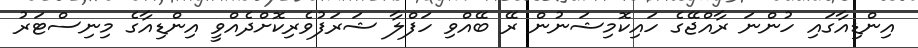
އިންޑިއާގައި ހުންނަ ރާއްޖޭގެ ހައިކޮމިޝަނުން ރޭ ބޭއްވި ހަފްލާ ޝަރަފުވެރިކޮށްދެއްވީ އިންޑިއާގެ މިނިސްޓަރު